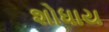
શોધાય